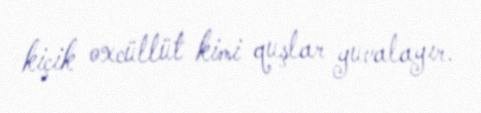
kiçik oxcüllüt kimi quşlar yuvalayır.